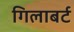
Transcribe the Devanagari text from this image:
गिलाबर्ट